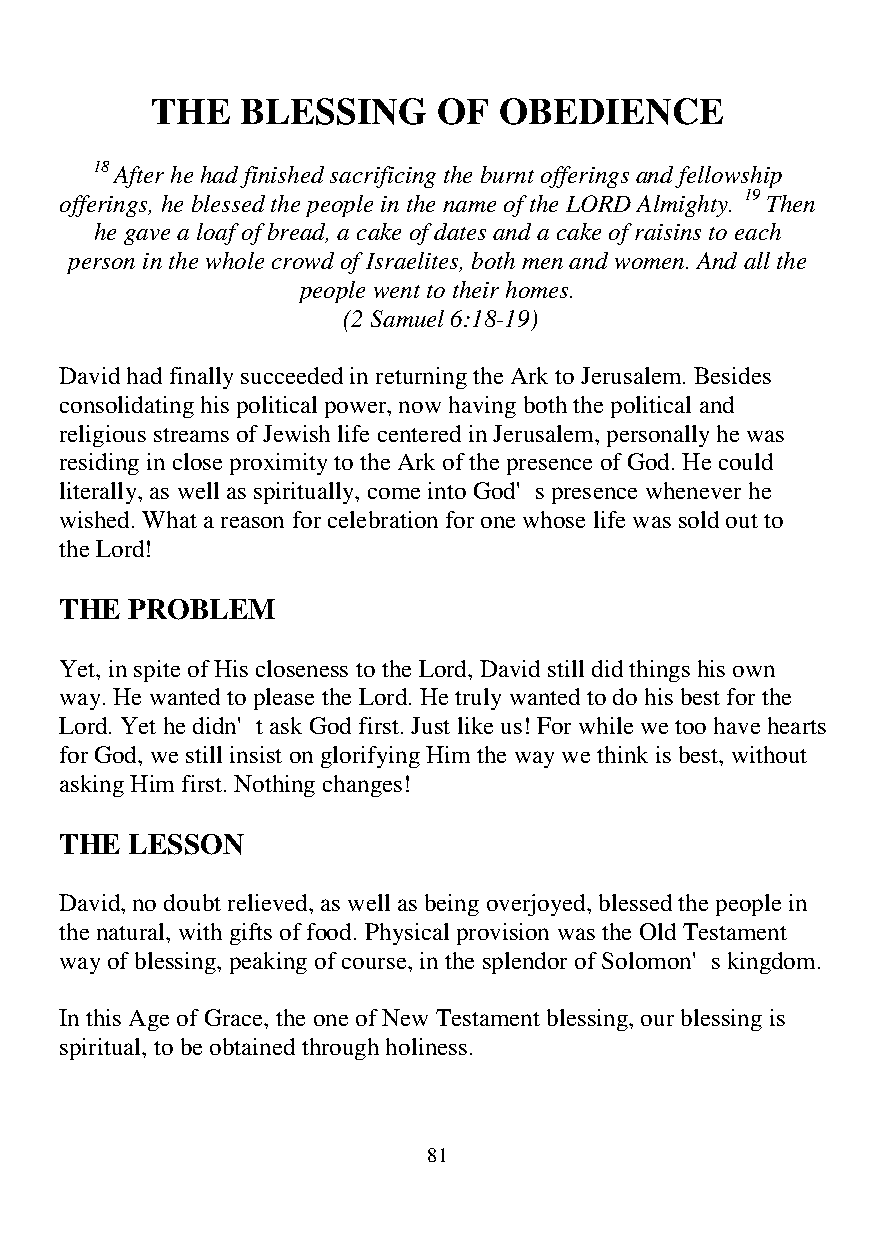
THE   BLESSING     OF  OBEDIENCE
 18 After he had finished sacrificing the burnt offerings and fellowship
 offerings, he blessed the people in the name of the LORD Almighty. 19 Then
 he gave a loaf of bread, a cake of dates and a cake of raisins to each
 person in the whole crowd of Israelites, both men and women. And all the
 people went to their homes.
 (2 Samuel 6:18-19)
 David had finally succeeded in returning the Ark to Jerusalem. Besides
 consolidating his political power, now having both the political and
 religious streams of Jewish life centered in Jerusalem, personally he was
 residing in close proximity to the Ark of the presence of God. He could
 literally, as well as spiritually, come into God's presence whenever he
 wished. What a reason for celebration for one whose life was sold out to
 the Lord!
 THE PROBLEM
 Yet, in spite of His closeness to the Lord, David still did things his own
 way. He wanted to please the Lord. He truly wanted to do his best for the
 Lord. Yet he didn't ask God first. Just like us! For while we too have hearts
 for God, we still insist on glorifying Him the way we think is best, without
 asking Him first. Nothing changes!
 THE LESSON
 David, no doubt relieved, as well as being overjoyed, blessed the people in
 the natural, with gifts of food. Physical provision was the Old Testament
 way of blessing, peaking of course, in the splendor of Solomon's kingdom.
 In this Age of Grace, the one of New Testament blessing, our blessing is
 spiritual, to be obtained through holiness.
 81